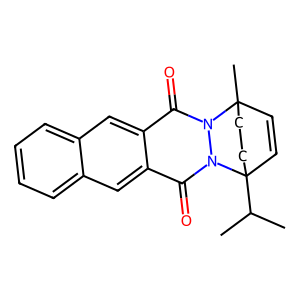
SMILES: CC(C)C12C=CC(C)(CC1)n1c(=O)c3cc4ccccc4cc3c(=O)n12
Inhibits HIV replication: No